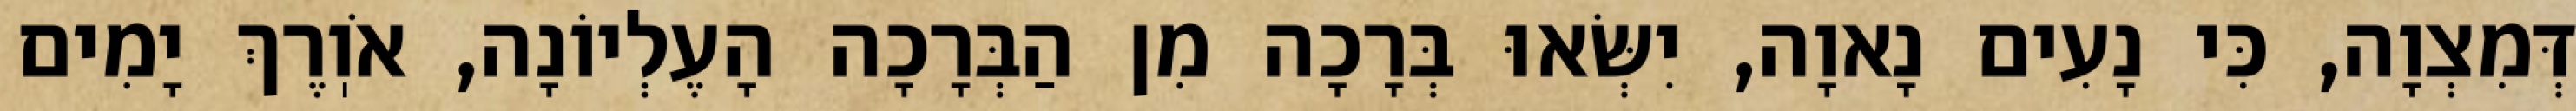
דְּמִצְוָה, כִּי נָעִים נָאוָה, יִשְּׂאוּ בְּרָכָה מִן הַבְּרָכָה הָעֶלְיוֹנָה, אֹוֽרֶךְ יָמִים